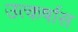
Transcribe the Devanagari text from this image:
उत्कर्षास